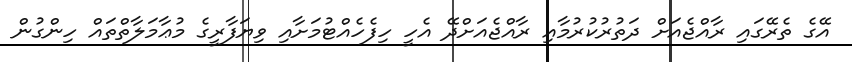
އޭގެ ތެރޭގައި ރާއްޖެއަށް ދަތުރުކުރުމާއި ރާއްޖެއަށްދޭ އެހީ ހިފެހެއްޓުމަށާއި ވިޔަފާރީގެ މުޢާމަލާތްތައް ހިންގުން